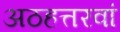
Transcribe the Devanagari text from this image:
अठहत्तरवां